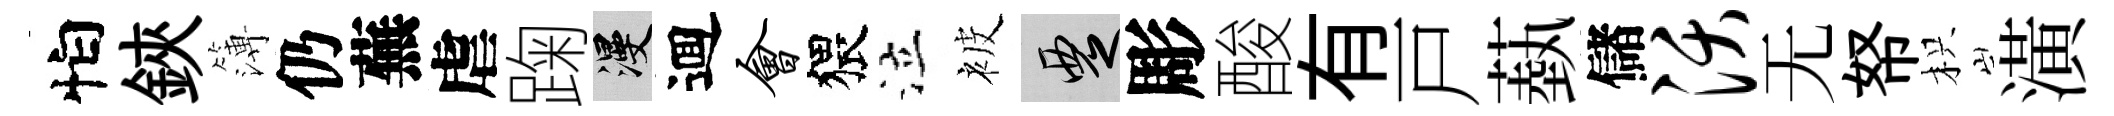
怕鋏簿仍蕪虐踘漫逥会猥泣被覂彫酸有戸蓺儲沃无帑枳潢